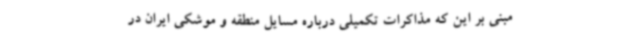
مبنی بر این که مذاکرات تکمیلی درباره مسایل منطقه و موشکی ایران در